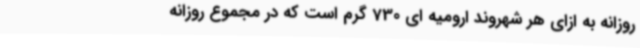
روزانه به ازای هر شهروند ارومیه ای 730 گرم است که در مجموع روزانه